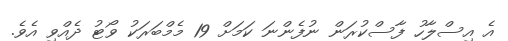
އެ އިސްލާހު ފާސްކުރަން ނުފެންނަ ކަމަށް 19 މެމްބަރަކު ވޯޓު ދެއްވި އެވެ.